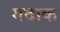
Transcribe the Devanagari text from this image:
गदाक